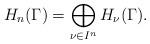
LaTeX: \begin{align*}H_n(\Gamma)=\bigoplus_{\nu\in I^n}H_{\nu}(\Gamma).\end{align*}